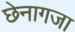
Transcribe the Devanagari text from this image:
छेनागजा